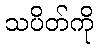
သပိတ်ကို